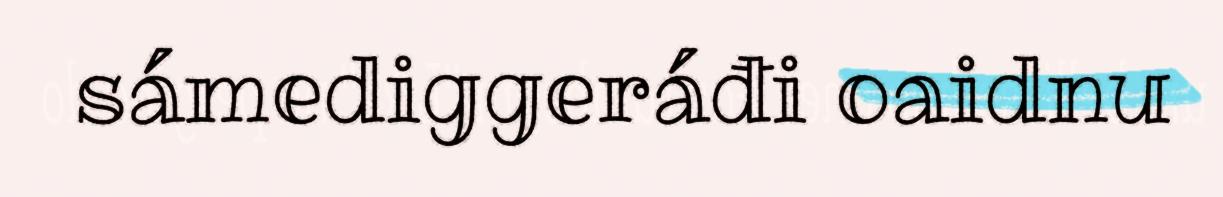
sámediggeráđi oaidnu